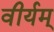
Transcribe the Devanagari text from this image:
वीर्यम्